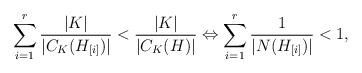
LaTeX: \begin{align*}\sum_{i=1}^r \frac{|K|}{|C_K(H_{[i]})|}<\frac{|K|}{|C_K(H)|}\Leftrightarrow\sum_{i=1}^r \frac{1}{|N(H_{[i]})|}<1,\end{align*}